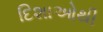
દિશાઓથી